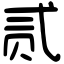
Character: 贰